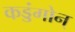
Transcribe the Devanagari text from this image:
कड्डंगोन्